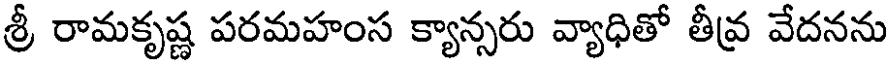
శ్రీ రామకృష్ణ పరమహంస క్యాన్సరు వ్యాధితో తీవ్ర వేదనను